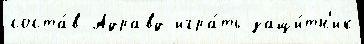
соста́в Адравд игра́ть защи́тн'ик